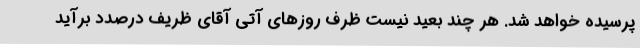
پرسیده خواهد شد. هر چند بعید نیست ظرف روزهای آتی آقای ظریف درصدد برآید